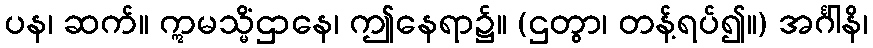
ပန၊ ဆက်။ ဣမသ္မိံဌာနေ၊ ဤနေရာ၌။ (ဌတွာ၊ တန့်ရပ်၍။) အင်္ဂါနိ၊